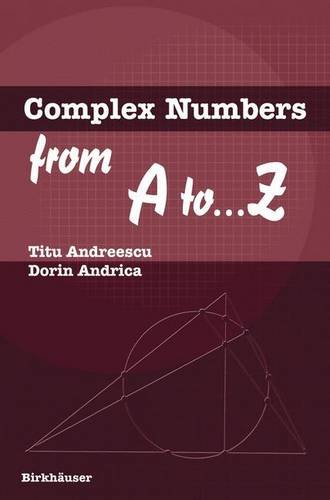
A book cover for Complex Numbers from A to ...Z; Titu Andreescu; Science & Math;